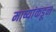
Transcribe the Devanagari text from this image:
माष्यांकडून